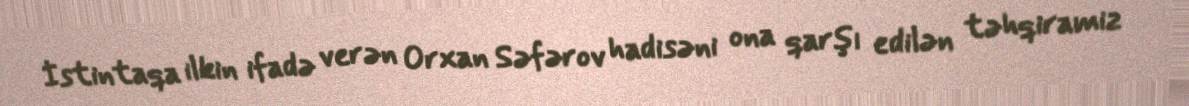
İstintaqa ilkin ifadə verən Orxan Səfərov hadisəni ona qarşı edilən təhqiramiz